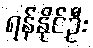
ရန်နိုင်ဦး